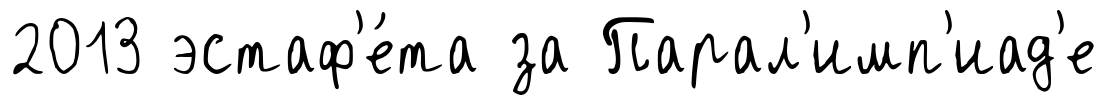
2013 эстаф'е́та за Парал'имп'иад'е